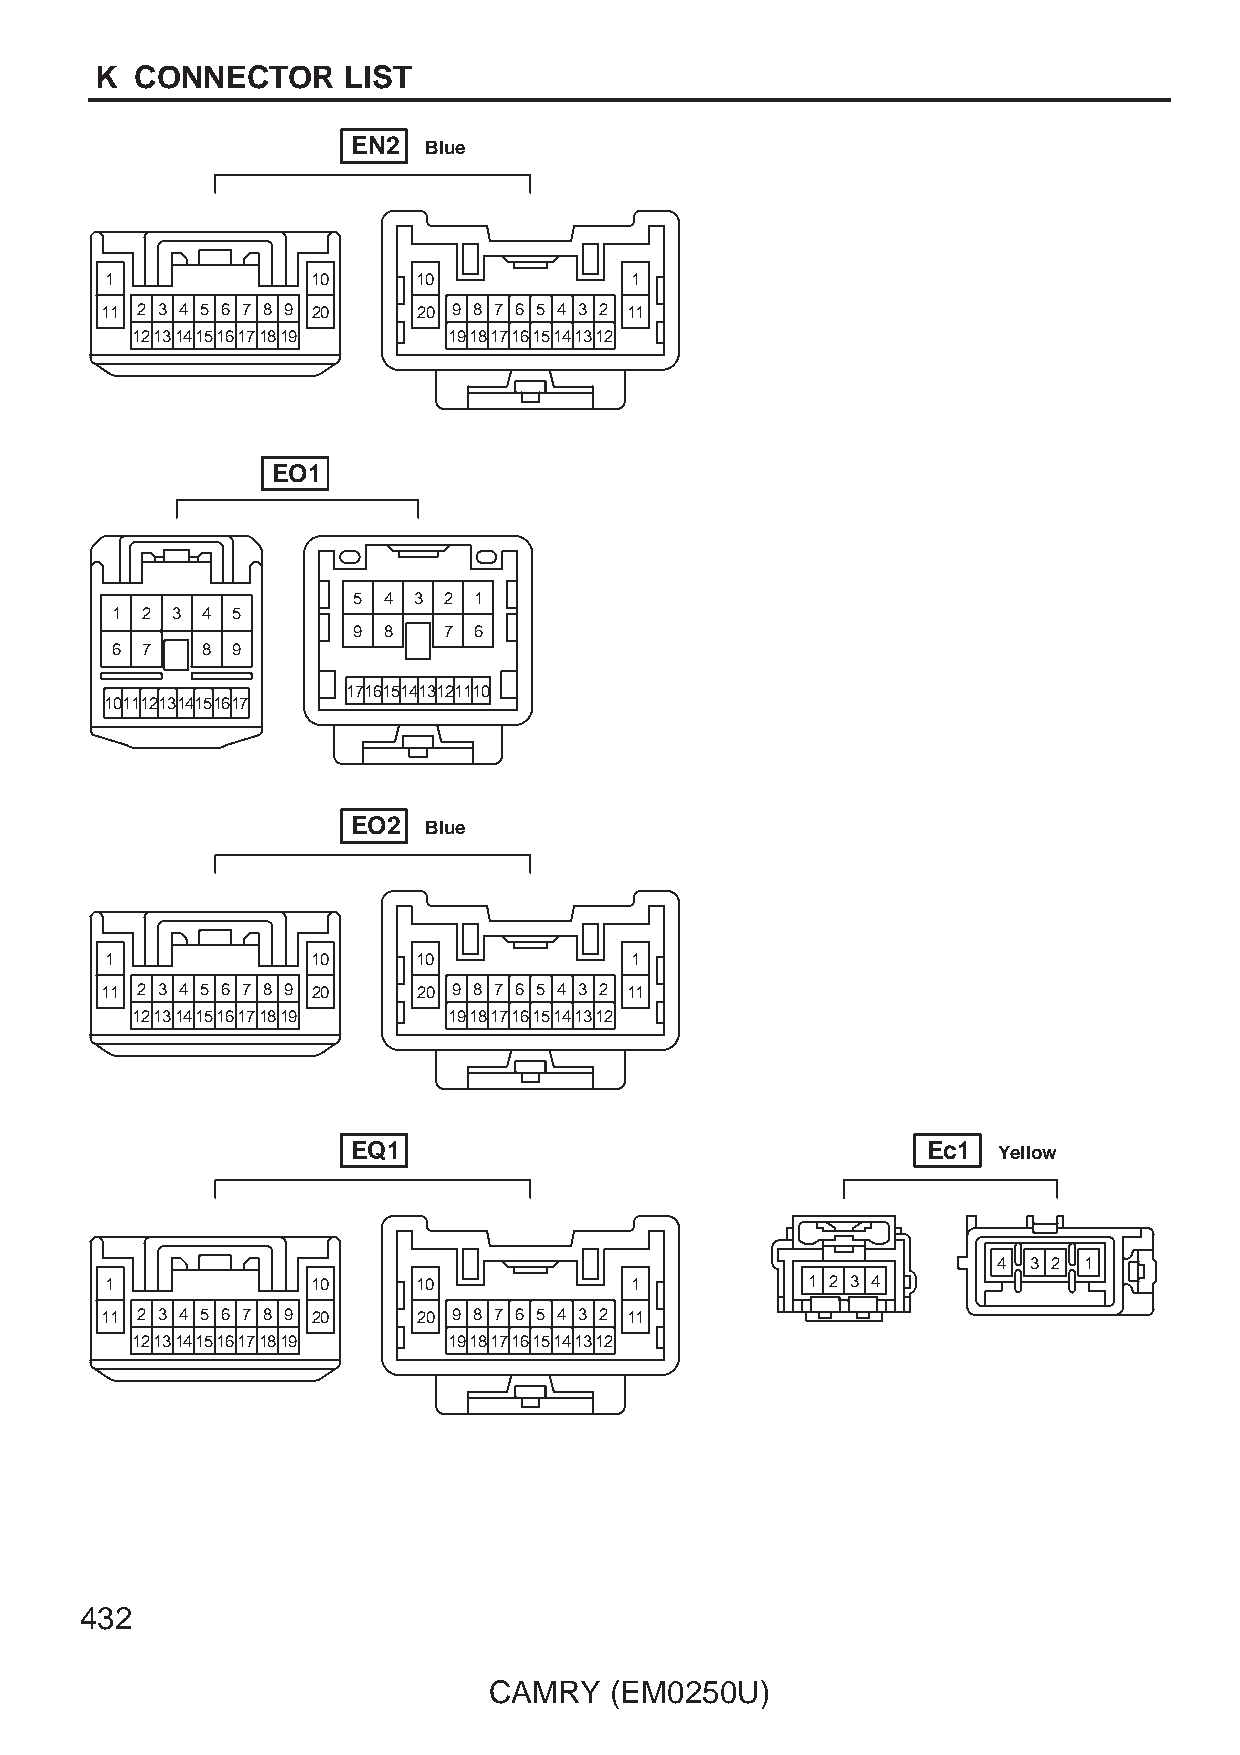
K  CONNECTOR     LIST
 EN2  Blue
 1             10     10            1
 11 2 3 4 5 6 7 8 9 20 20 9 8 7 6 5 4 3 2 11
 1213141516171819     1918171615141312
 EO1
 5 4 3 2 1
 1 2 3 4 5
 9 8   7 6
 6 7   8 9
 1716151413121110
 1011121314151617
 EO2  Blue
 1             10     10            1
 11 2 3 4 5 6 7 8 9 20 20 9 8 7 6 5 4 3 2 11
 1213141516171819     1918171615141312
 EQ1                                   Ec1  Yellow
 4 3 2 1
 1             10     10            1          1 2 3 4
 11 2 3 4 5 6 7 8 9 20 20 9 8 7 6 5 4 3 2 11
 1213141516171819     1918171615141312
 432
 CAMRY   (EM0250U)